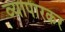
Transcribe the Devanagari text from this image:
व्यापारकर